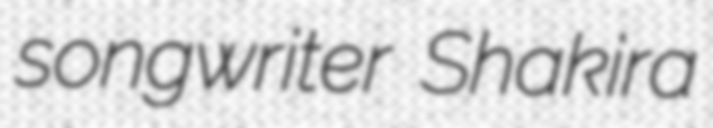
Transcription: songwriter Shakira